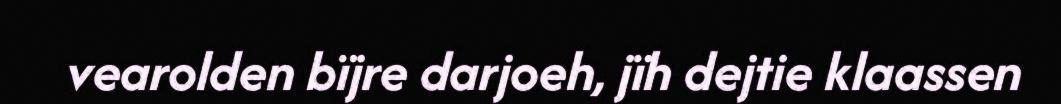
vearolden bïjre darjoeh, jïh dejtie klaassen